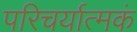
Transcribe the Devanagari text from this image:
परिचर्यात्मकं